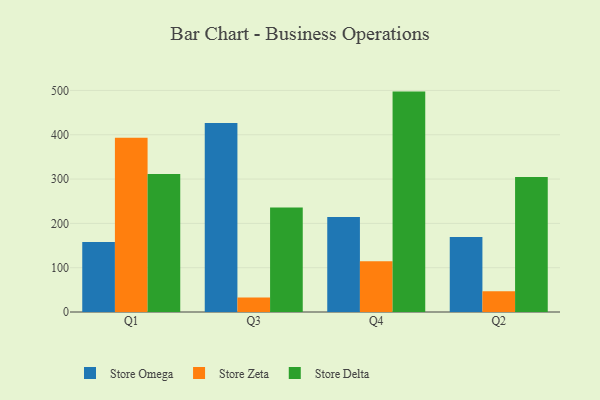
{"axis": {"x": "Quarter", "y": "Bounce Rate (%)"}, "legend": ["Store Delta", "Store Omega", "Store Zeta"], "data": [{"x": "Q1", "y": 157.8, "type": "Store Omega"}, {"x": "Q1", "y": 393.5, "type": "Store Zeta"}, {"x": "Q1", "y": 311.5, "type": "Store Delta"}, {"x": "Q3", "y": 426.8, "type": "Store Omega"}, {"x": "Q3", "y": 32.9, "type": "Store Zeta"}, {"x": "Q3", "y": 236.0, "type": "Store Delta"}, {"x": "Q4", "y": 214.6, "type": "Store Omega"}, {"x": "Q4", "y": 114.4, "type": "Store Zeta"}, {"x": "Q4", "y": 497.4, "type": "Store Delta"}, {"x": "Q2", "y": 169.2, "type": "Store Omega"}, {"x": "Q2", "y": 47.0, "type": "Store Zeta"}, {"x": "Q2", "y": 304.8, "type": "Store Delta"}]}